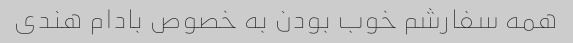
همه سفارشم خوب بودن به خصوص بادام هندی